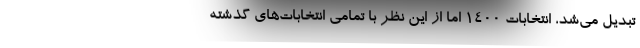
تبدیل می‌شد، انتخابات ۱۴۰۰ اما از این نظر با تمامی انتخابات‌های گذشته